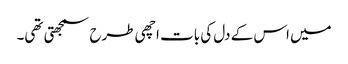
میں اس کے دل کی بات اچھی طرح سمجھتی تھی۔